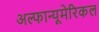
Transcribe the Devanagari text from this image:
अल्फान्यूमेरिकल